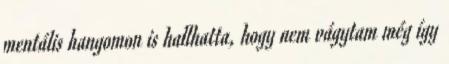
mentális hangomon is hallhatta, hogy nem vágytam még így